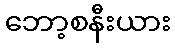
ဘော့စနီးယား